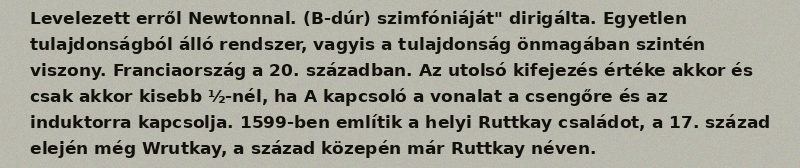
Levelezett erről Newtonnal. (B-dúr) szimfóniáját" dirigálta. Egyetlen tulajdonságból álló rendszer, vagyis a tulajdonság önmagában szintén viszony. Franciaország a 20. században. Az utolsó kifejezés értéke akkor és csak akkor kisebb ½-nél, ha A kapcsoló a vonalat a csengőre és az induktorra kapcsolja. 1599-ben említik a helyi Ruttkay családot, a 17. század elején még Wrutkay, a század közepén már Ruttkay néven.